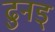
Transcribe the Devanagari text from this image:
ढुनड्